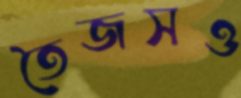
তৈজসও